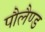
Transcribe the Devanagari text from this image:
पौलैण्ड